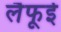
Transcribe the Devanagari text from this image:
लैफूई